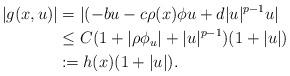
LaTeX: \begin{align*}|g(x,u)|&=|(-b u -c \rho (x) \phi u + d|u|^{p-1} u| \\&\leq C(1+|\rho \phi_u |+|u|^{p-1})(1+|u|)\\&\coloneqq h(x)(1+|u|).\\\end{align*}